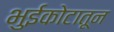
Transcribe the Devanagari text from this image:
भुईकोटातून